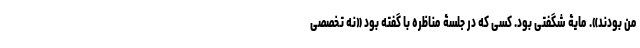
من بودند». مایۀ شگفتی بود. کسی که در جلسۀ مناظره با گفته بود «نه تخصصی